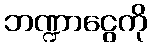
ဘဏ္ဍာငွေကို